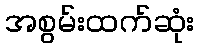
အစွမ်းထက်ဆုံး